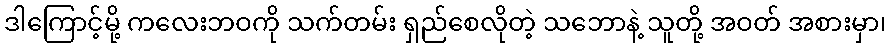
ဒါကြောင့်မို့ ကလေးဘဝကို သက်တမ်း ရှည်စေလိုတဲ့ သဘောနဲ့ သူတို့ အဝတ် အစားမှာ၊